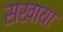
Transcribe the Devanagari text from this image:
सखाया